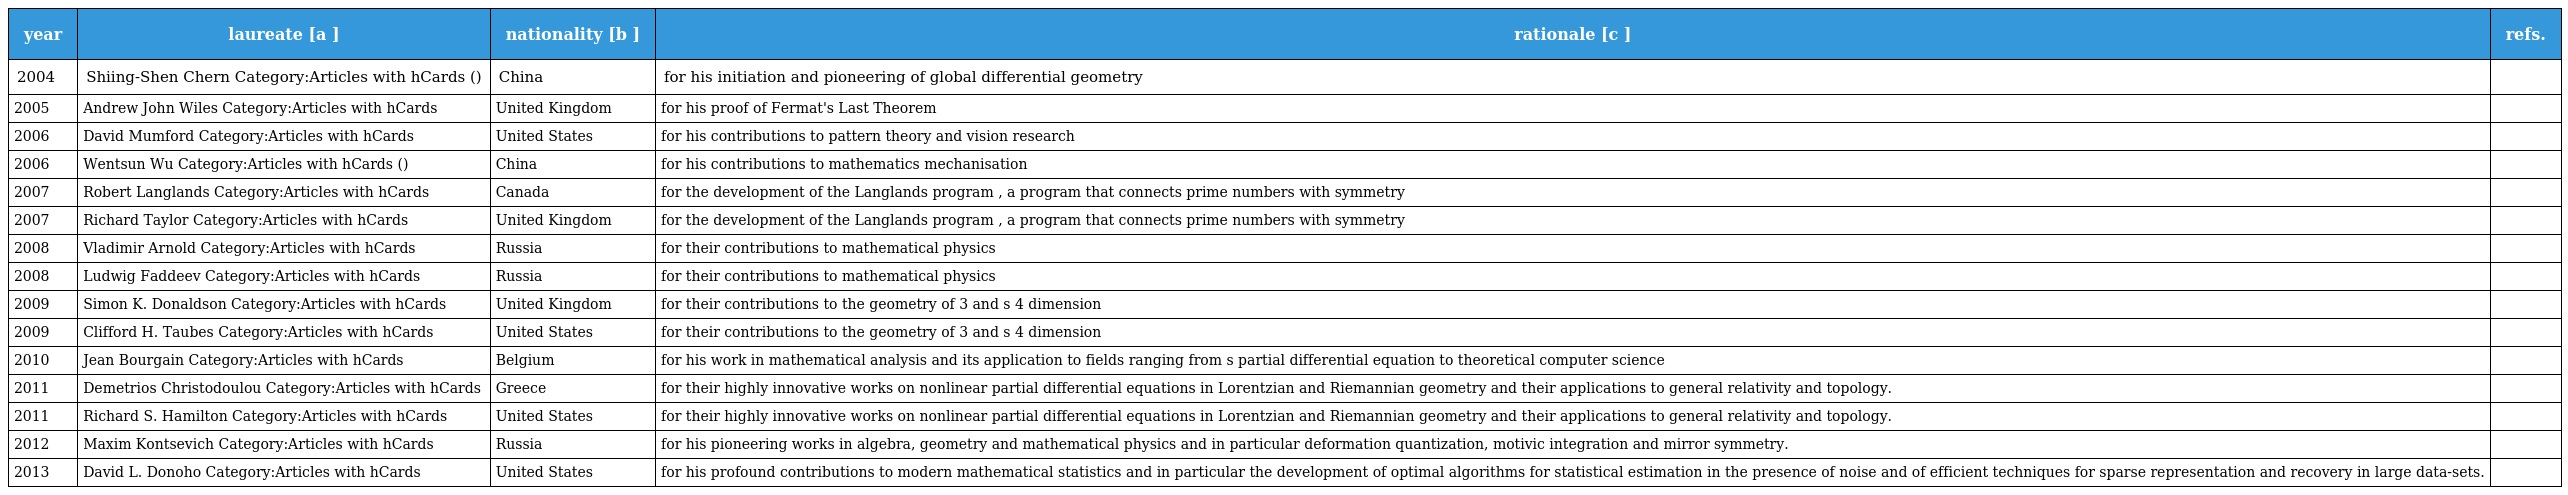
| year | laureate [a ] | nationality [b ] | rationale [c ] | refs. |
 | --- | --- | --- | --- | --- |
 | 2004 | Shiing-Shen Chern Category:Articles with hCards (陳省身) | China | for his initiation and pioneering of global differential geometry |  |
 | 2005 | Andrew John Wiles Category:Articles with hCards | United Kingdom | for his proof of Fermat's Last Theorem |  |
 | 2006 | David Mumford Category:Articles with hCards | United States | for his contributions to pattern theory and vision research |  |
 | 2006 | Wentsun Wu Category:Articles with hCards (吳文俊) | China | for his contributions to mathematics mechanisation |  |
 | 2007 | Robert Langlands Category:Articles with hCards | Canada | for the development of the Langlands program , a program that connects prime numbers with symmetry |  |
 | 2007 | Richard Taylor Category:Articles with hCards | United Kingdom | for the development of the Langlands program , a program that connects prime numbers with symmetry |  |
 | 2008 | Vladimir Arnold Category:Articles with hCards | Russia | for their contributions to mathematical physics |  |
 | 2008 | Ludwig Faddeev Category:Articles with hCards | Russia | for their contributions to mathematical physics |  |
 | 2009 | Simon K. Donaldson Category:Articles with hCards | United Kingdom | for their contributions to the geometry of 3 and s 4 dimension |  |
 | 2009 | Clifford H. Taubes Category:Articles with hCards | United States | for their contributions to the geometry of 3 and s 4 dimension |  |
 | 2010 | Jean Bourgain Category:Articles with hCards | Belgium | for his work in mathematical analysis and its application to fields ranging from s partial differential equation to theoretical computer science |  |
 | 2011 | Demetrios Christodoulou Category:Articles with hCards | Greece | for their highly innovative works on nonlinear partial differential equations in Lorentzian and Riemannian geometry and their applications to general relativity and topology. |  |
 | 2011 | Richard S. Hamilton Category:Articles with hCards | United States | for their highly innovative works on nonlinear partial differential equations in Lorentzian and Riemannian geometry and their applications to general relativity and topology. |  |
 | 2012 | Maxim Kontsevich Category:Articles with hCards | Russia | for his pioneering works in algebra, geometry and mathematical physics and in particular deformation quantization, motivic integration and mirror symmetry. |  |
 | 2013 | David L. Donoho Category:Articles with hCards | United States | for his profound contributions to modern mathematical statistics and in particular the development of optimal algorithms for statistical estimation in the presence of noise and of efficient techniques for sparse representation and recovery in large data-sets. |  |